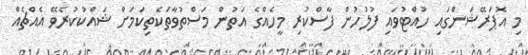
މި އޮޕަރޭޝަންގައި ހުއްޓުވައި ފުލުހުން ފާސްކުރި މީހެއްގެ އަތުން މަސްތުވާތަކެތިކަމަށް ޝައްކުކުރެވޭ އެއްޗެއް